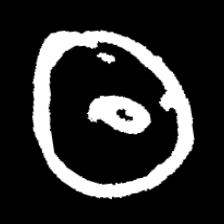
Pyu character \u2014 Myanmar letter: ထ (romanized: tha)